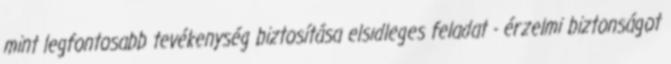
mint legfontosabb tevékenység biztosítása elsıdleges feladat - érzelmi biztonságot